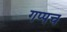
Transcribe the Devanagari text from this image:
गप्पच